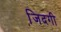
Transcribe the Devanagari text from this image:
जि़दगी